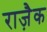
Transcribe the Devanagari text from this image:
राज़ैक